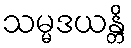
သမ္မဒယန္တိ